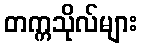
တက္ကသိုလ်များ